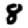
Digit: 8